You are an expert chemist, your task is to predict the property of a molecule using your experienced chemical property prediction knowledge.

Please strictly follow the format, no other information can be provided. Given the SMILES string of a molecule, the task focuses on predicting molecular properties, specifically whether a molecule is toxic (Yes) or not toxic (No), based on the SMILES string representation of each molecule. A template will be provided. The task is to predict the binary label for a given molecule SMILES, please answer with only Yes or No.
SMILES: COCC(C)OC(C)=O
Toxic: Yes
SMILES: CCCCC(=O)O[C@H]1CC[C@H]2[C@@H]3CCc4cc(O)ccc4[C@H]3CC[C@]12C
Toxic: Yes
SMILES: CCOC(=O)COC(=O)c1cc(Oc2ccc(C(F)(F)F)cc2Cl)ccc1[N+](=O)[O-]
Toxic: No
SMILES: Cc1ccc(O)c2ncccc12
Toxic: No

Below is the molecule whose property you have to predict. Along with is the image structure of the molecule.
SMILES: CO[C@H]1[C@H]([C@]2(C)O[C@@H]2CC=C(C)C)[C@]2(CC[C@H]1OC(=O)NC(=O)CCl)CO2
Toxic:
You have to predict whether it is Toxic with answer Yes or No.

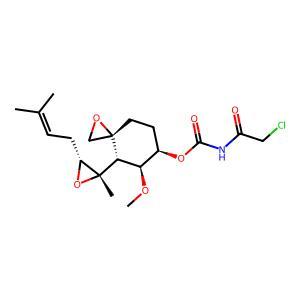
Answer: No